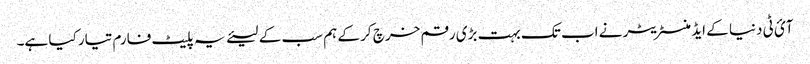
آئ ٹی دنیا کے ایڈمنسٹریٹر نے اب تک بہت بڑی رقم خرچ کر کے ہم سب کے لیئے یہ پلیٹ فارم تیار کیا ہے۔